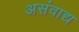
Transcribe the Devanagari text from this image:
असंवाद्य